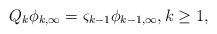
LaTeX: \begin{align*}Q_{k}\phi_{k,\infty}=\varsigma_{k-1}\phi_{k-1,\infty},k\geq1,\end{align*}